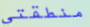
منطقتي